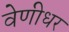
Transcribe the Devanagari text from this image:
वेणीधर